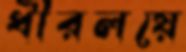
ধীরলয়ে